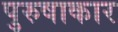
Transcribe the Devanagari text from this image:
पुरुषाकार